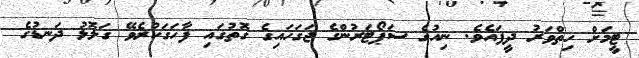
ޓީމަށް ހިތްވަރު ދީފައެވެ. ނިއުގެ ސަޕޯޓަރުންގެ ޖަގަހައިގެ ގޮތުގައި ފާހަގަކުރެވޭ ގަލޮޅު ދަނޑުގެ